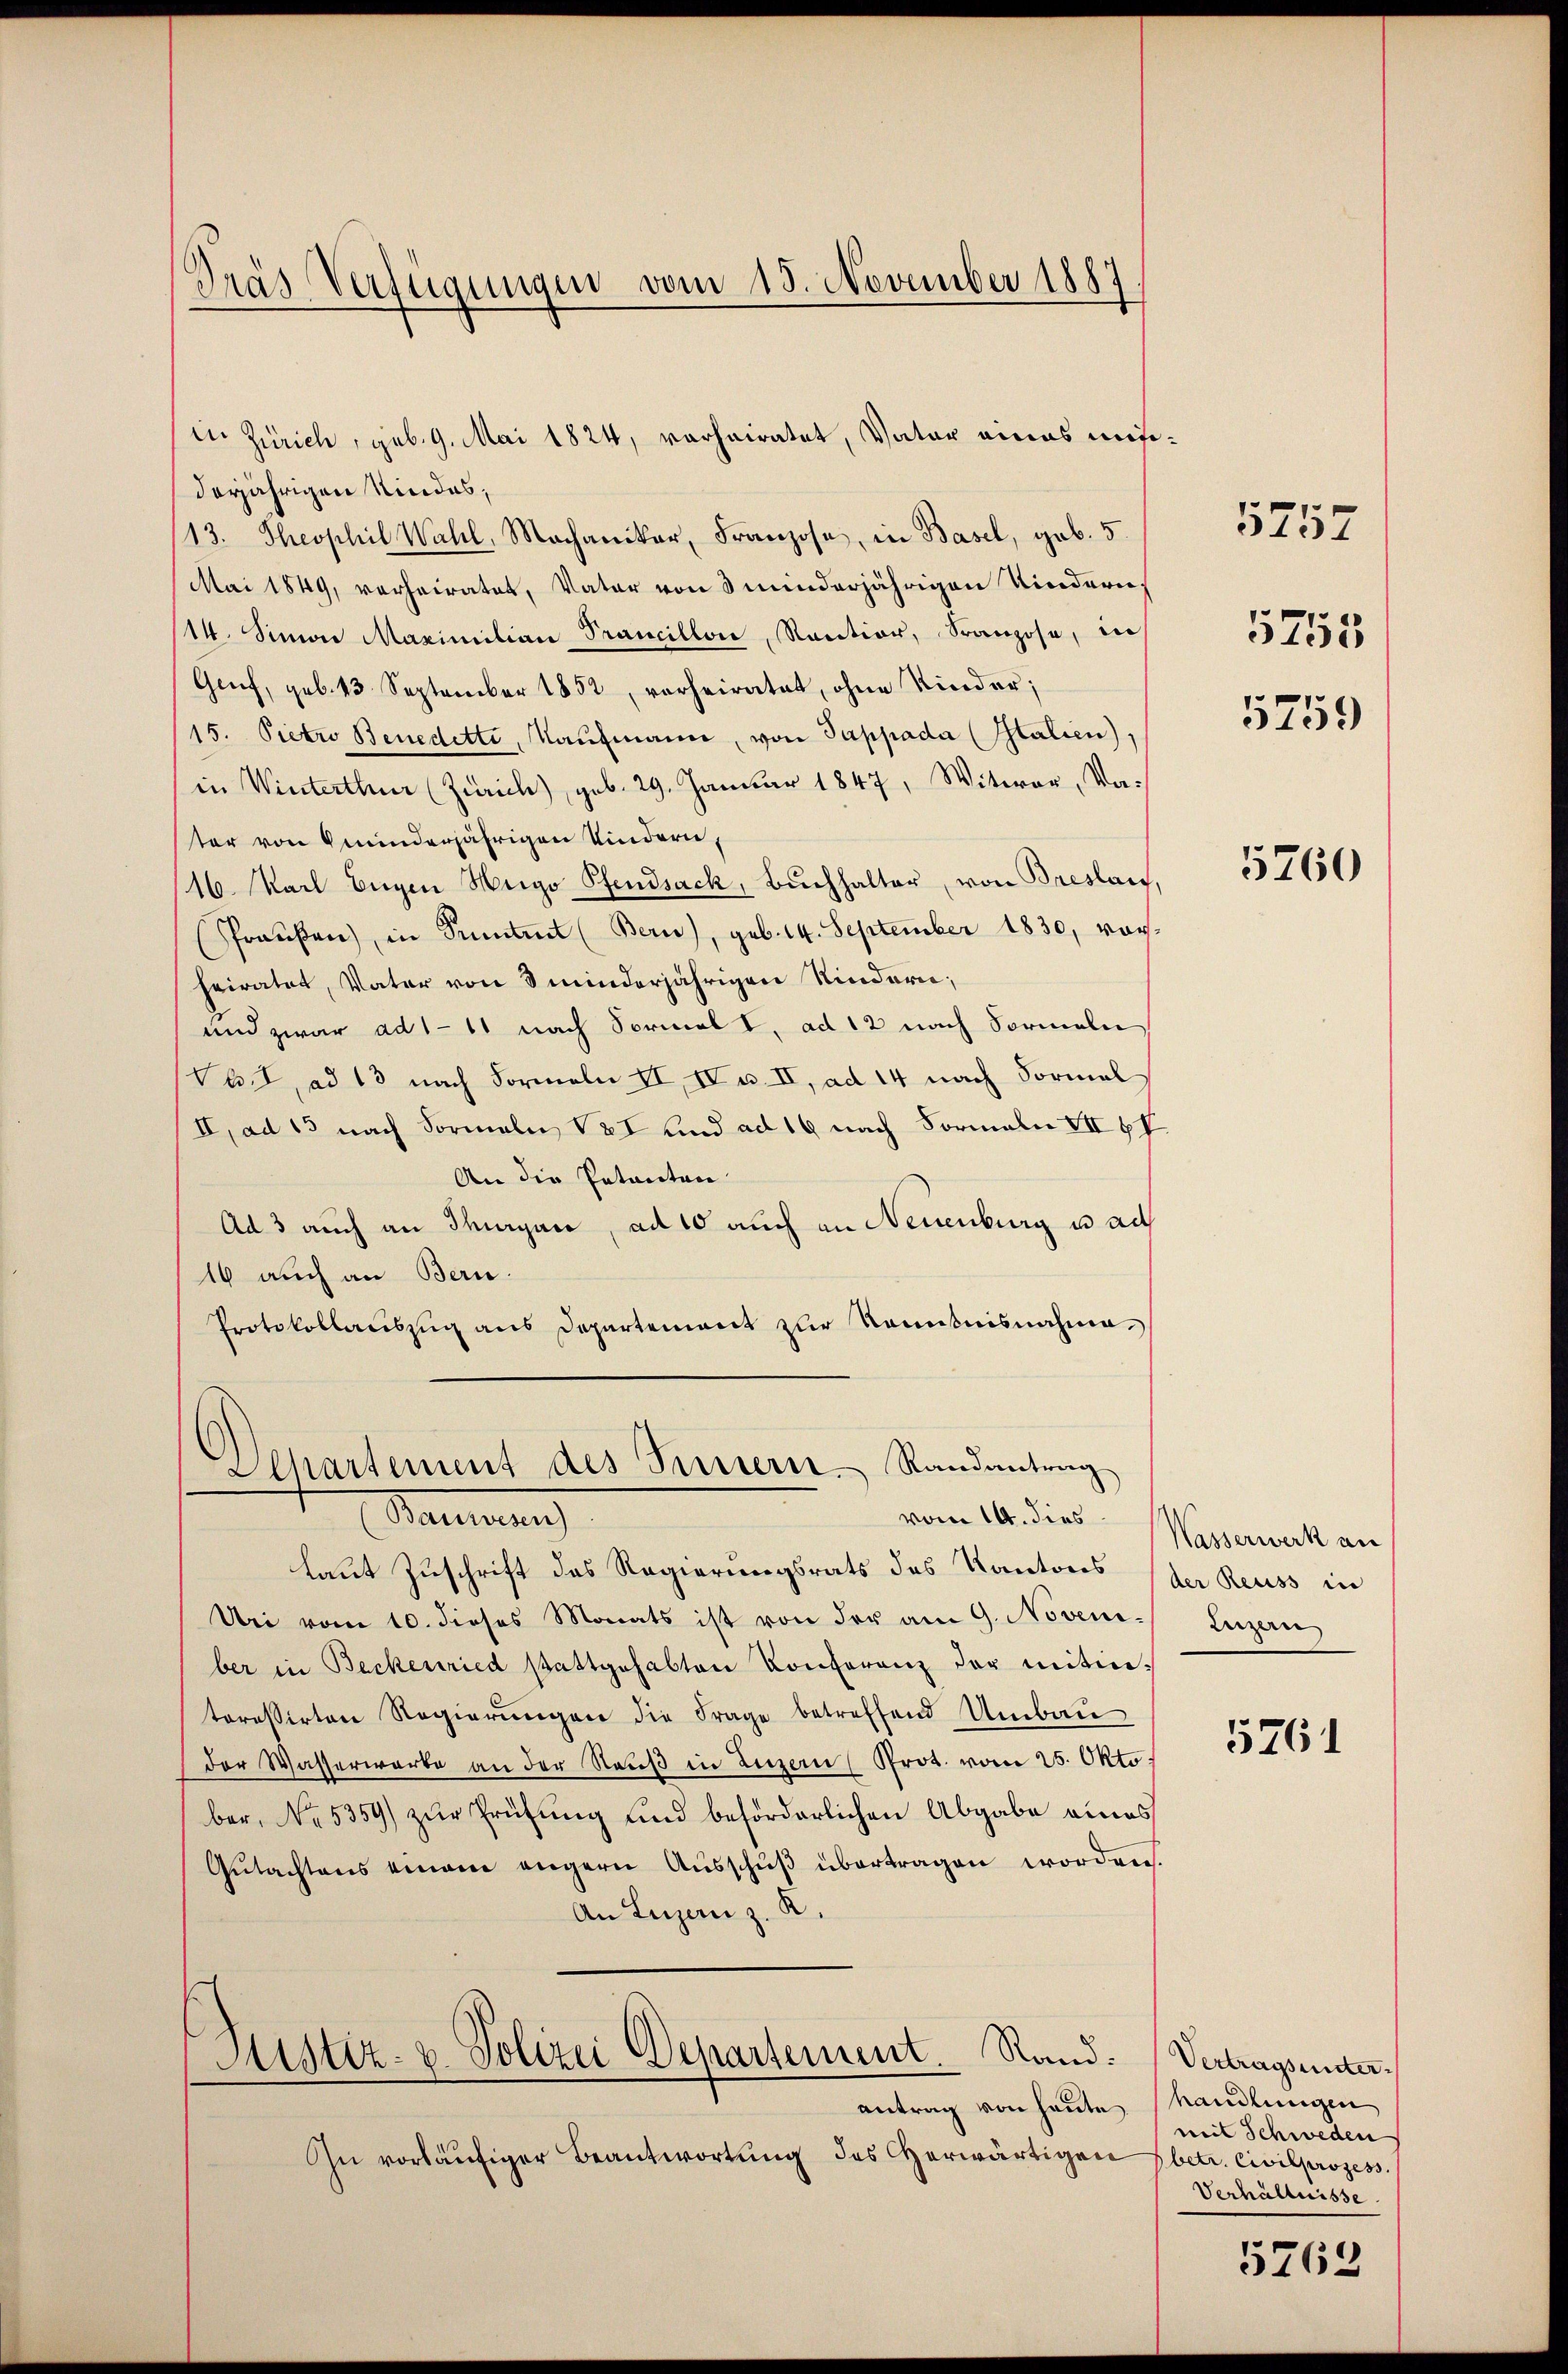
Dräs Verfügungen vom 15. November 1887

in Zürich, geb. 9. Mai 1824, verheiratet, Vater eines mißderjährigen Kindes,
13. Theophil Wahl, Machaniker, Franzose, in Basel, geb. 5.
Mai 1849, verheiratet, Vater von 3 minderjährigen Kindere
14. Senior Maximilian Prancillon, Raution, Franzose, in
Genf, geb. 43. September 1852, vorheiratet, ohne Kinder;
15. Pietro Benedetti, Kaŭfmann, von Pappada (Italien),
in Winterthur (Zürich), geb. 29. Januar 1847, Witwer, Vater von minderjährigen Kindern,
16. Karl Eugen Hugo Pfendsack, Bŭchhalter, von Breslau,
Praŭfen, in Sentirt (Bern), geb. 14. September 1830, vorheiratet, Vater von 8 minderjährigen Rindere;
und zwar ad 1 - 11 nach Formal I, ad 12 nach Formeln
VI, ad 13 nach Formeln II, IV u. II, ad 14 nach Vormal
II, ad 15 nach Formeln V2I und ad 16 nach Formeln VII 67
An die Potanten
Ad 3 auch an Thurgau, ad 10 auch an Neuenburg u au
16 auch an Bern.
Protokollauszug aus Departement zur Kenntnisnahme
Alpartement des Perstern Randantrag
Mammung
vom 14. dies
laut Zuschrift des Regierungsrats des Kantons
Uri vom 10. dieses Monats ist von der am 9. Noveni-
ber in Beckenried stattgehabten Konferenz der Mitinteressirten Regierŭngen die Frage betreffend Umbau
der Wasserwarte an der Reuß in Luzern Prot. vom 25. Okto
ber, No. 5359) zŭr Prüfung und beförderlichen Abgabe eines
Gŭtachtens einane angern Ausschŭβ übertragen worden.
An Luzern z. R.

Justiz- u. Polizei Departement. Rand:
antrag von heute,

In vorläufiger Beantwortung des erwärtigen

5757

5759

5755

5760

Wasserwerk an
der Reuss in
Luzern

5761

Vertragsunter.
handlungen
mit Schweden
betr. Civilprozess
Verhältnisse

5762